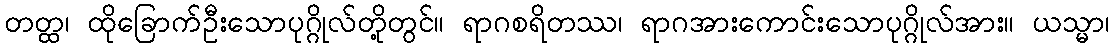
တတ္ထ၊ ထိုခြောက်ဦးသောပုဂ္ဂိုလ်တို့တွင်။ ရာဂစရိတဿ၊ ရာဂအားကောင်းသောပုဂ္ဂိုလ်အား။ ယသ္မာ၊